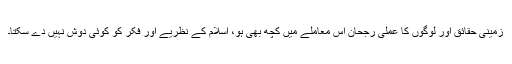
زمینی حقائق اور لوگوں کا عملی رجحان اس معاملے میں کچھ بھی ہو، اسلام کے نظریے اور فکر کو کوئی دوش نہیں دے سکتا۔